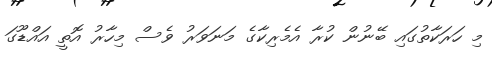
މި ހަރަކާތުގައި ބޭނުން ކުރާ އެމެރިކާގެ މަނަވަރު ވެސް މިހާރު އޮތީ އައްޑޫގަ